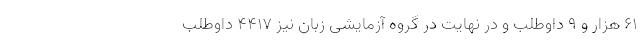
۶۱ هزار و ۹ داوطلب و در نهایت در گروه آزمایشی زبان نیز ۴۴۱۷ داوطلب